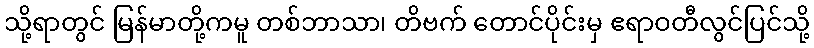
သို့ရာတွင် မြန်မာတို့ကမူ တစ်ဘာသာ၊ တိဗက် တောင်ပိုင်းမှ ဧရာဝတီလွင်ပြင်သို့